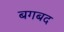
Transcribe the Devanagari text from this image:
बगबद